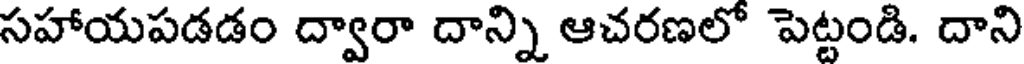
సహాయపడడం ద్వారా దాన్ని ఆచరణలో పెట్టండి. దాని